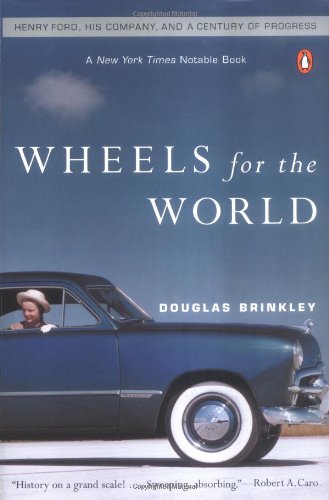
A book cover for Wheels for the World: Henry Ford, His Company, and a Century of Progress; Engineering & Transportation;